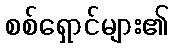
စစ်ရှောင်များ၏